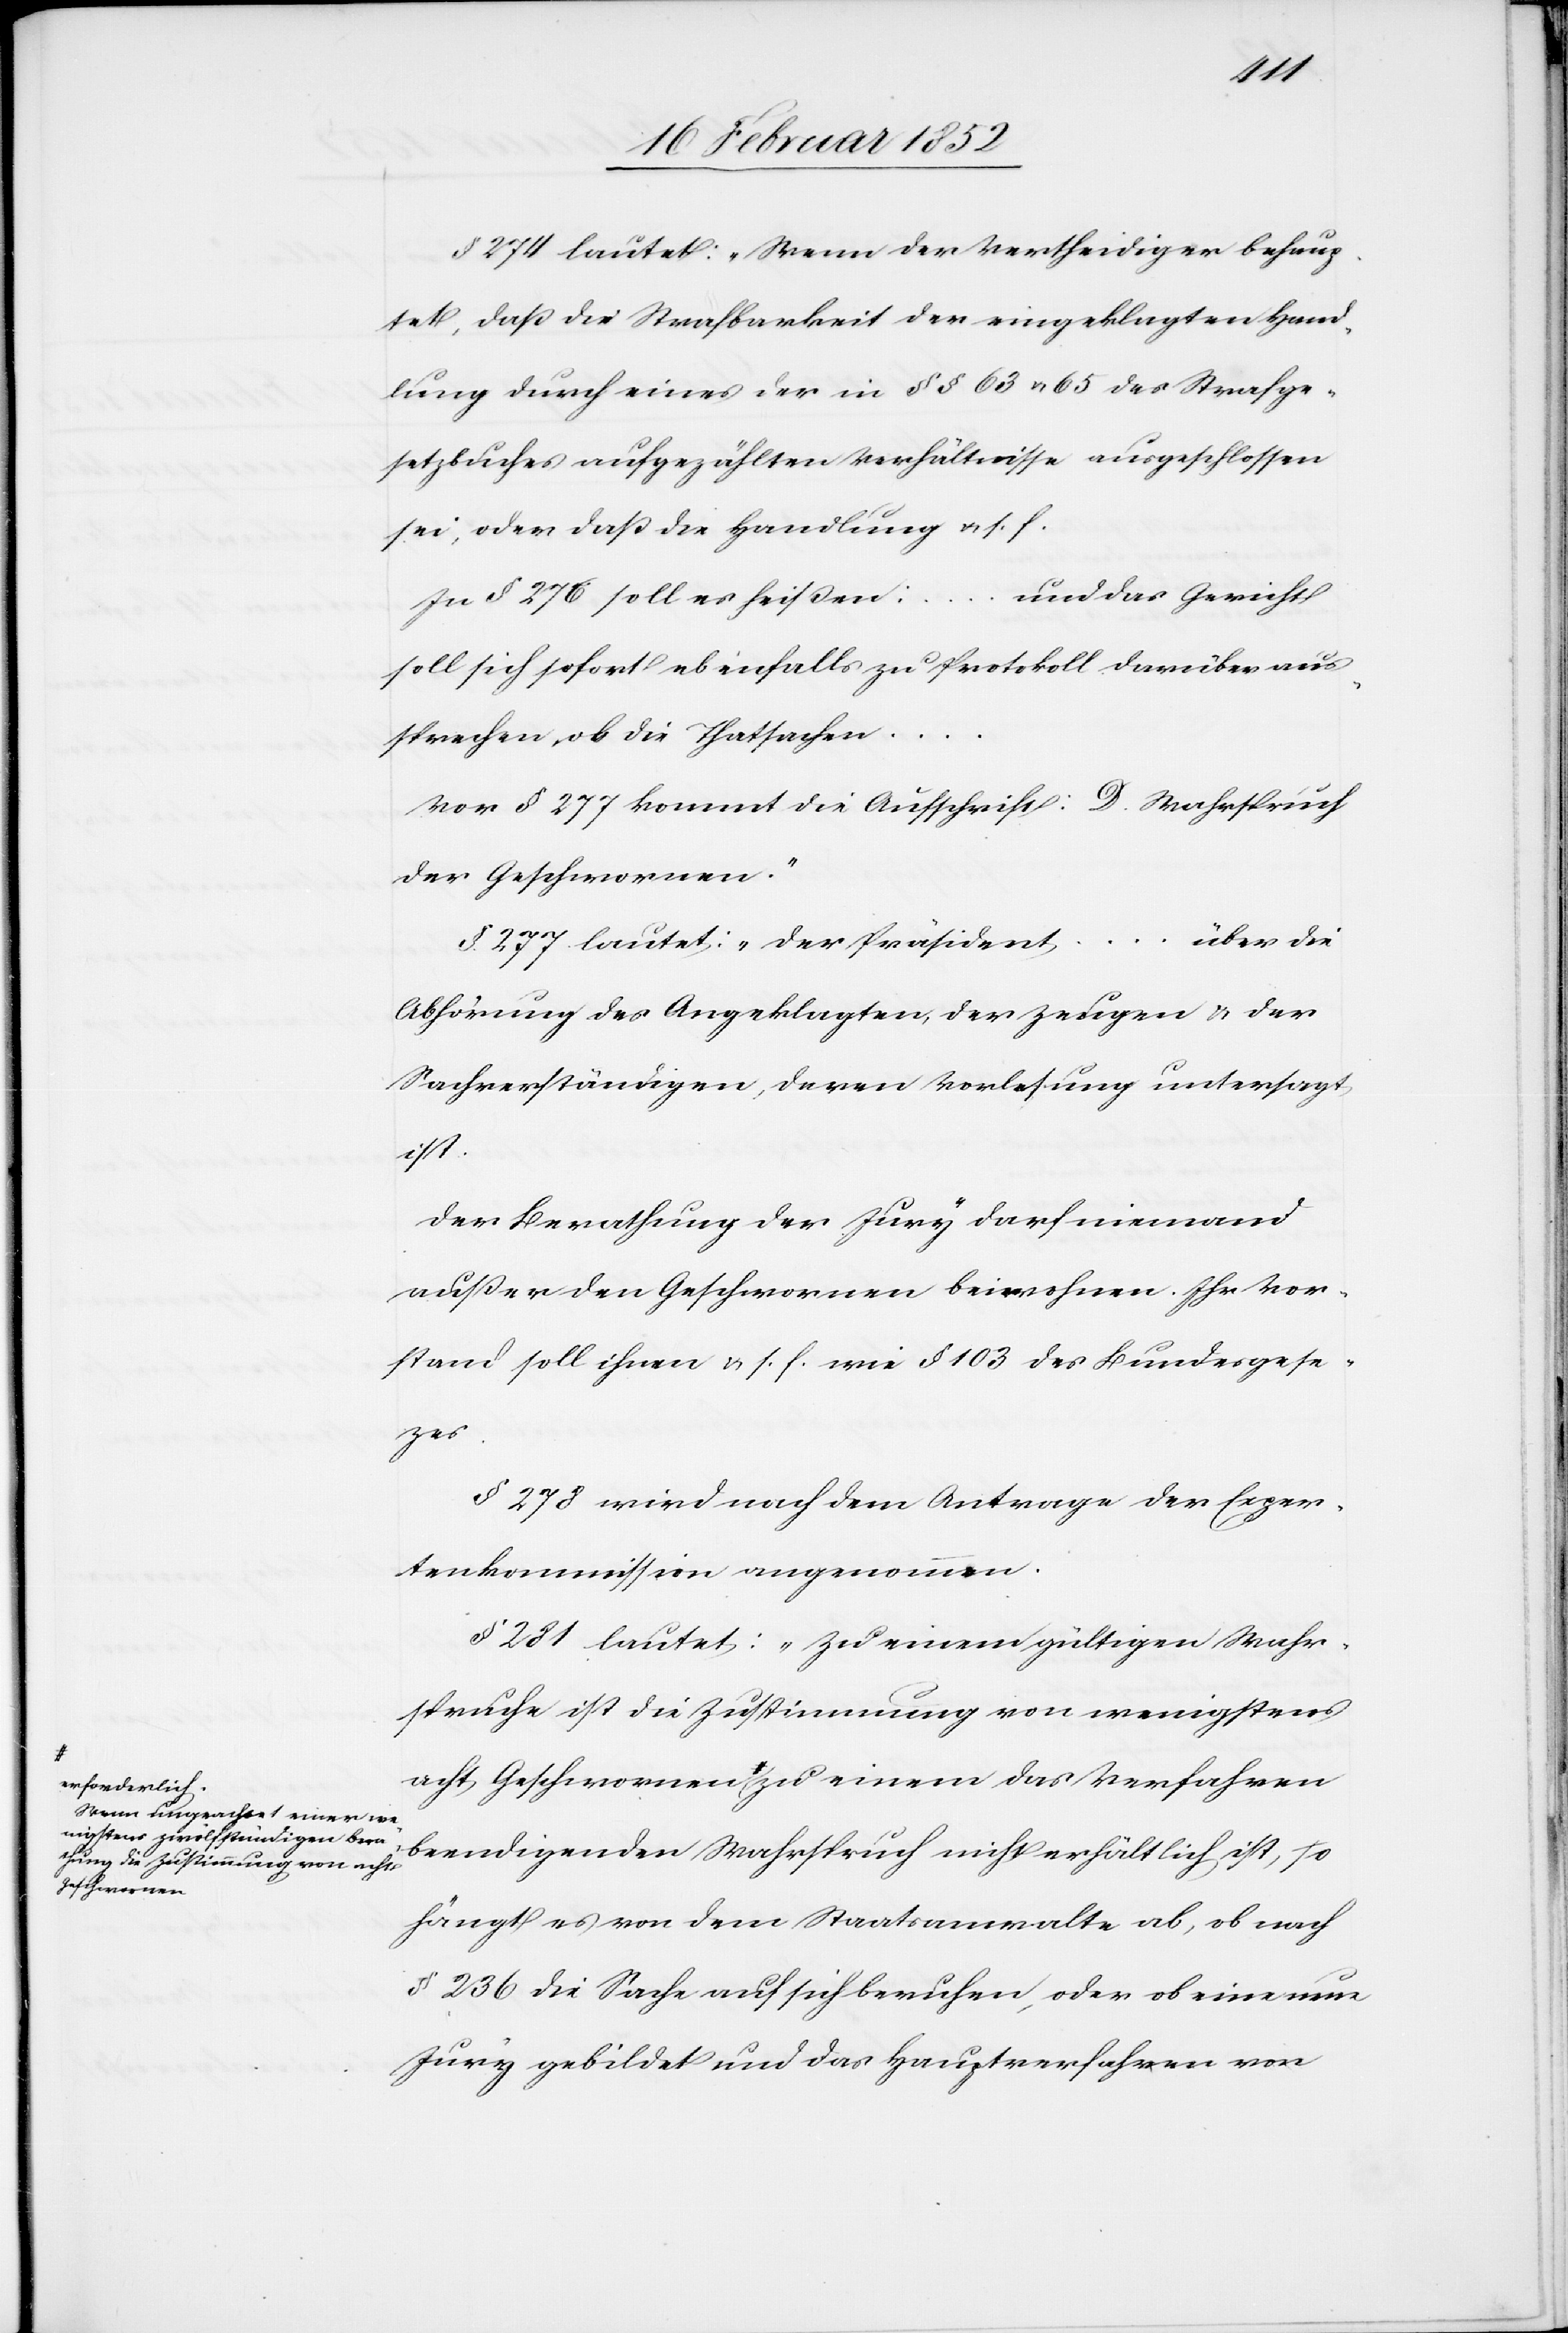
erforderlich.
Wenn ungeachtet einer w¬
enigstens zwölfstündigen Bera¬
thung die Zustimmung von a¬
Geschwornen

§ 274 lautet: „Wenn der Vertheidiger behaup¬
tet, daß die Strafbarkeit der eingeklagten Hand¬
lung durch eines der in §§ 63 u. 65 des Strafge¬
setzbuches aufgezählten Verhältnisse ausgeschlossen
sei, oder daß die Handlung u. s. f.[“]
und das Gericht
...
In § 276 soll es heißen:
soll sich sofort ebenfalls zu Protokoll darüber aus¬
sprechen, ob die Thatsachen
Vor § 277 kommt die Aufschrift: [„]D. Wahrspruch
der Geschwornen.“
§ 277 lautet: „Der Präsident ... über die
Abhörung des Angeklagten, der Zeugen u. der
Sachverständigen, deren Vorlesung untersagt
acht
Der Berathung der Jury darf niemand
außer den Geschwornen beiwohnen, Ihr Vor¬
stand soll ihnen[“] u. s. f. wie § 103 des Bundesgese¬
tzes.
§ 278 wird nach dem Antrage der Exper¬
tenkommission angenommen.
§ 281 lautet: „Zu einem gültigen Wahr¬
spruche ist die Zustimmung von wenigstens
cht Geschwornen zu einem das Verfahren
beendigenden Wahrspruch nicht erhältlich ist, so
hängt es von dem Staatsanwalte ab, ob nach
§ 236 die Sache auf sich beruhen, oder ob eine neue
Jury gebildet und das Hauptverfahren von